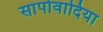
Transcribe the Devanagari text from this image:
सापोवादिया